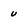
Character: u